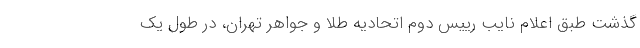
گذشت طبق اعلام نایب رییس دوم اتحادیه طلا و جواهر تهران، در طول یک